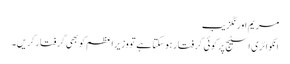
مریم اورنگزیب
انکوائری اسٹیج پر کوئی گرفتار ہوسکتا ہے تو وزیراعظم کو بھی گرفتارکریں۔